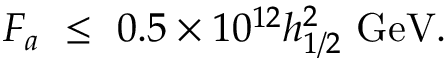
F _ { a } \ \le \ 0 . 5 \times 1 0 ^ { 1 2 } h _ { 1 / 2 } ^ { 2 } \ \mathrm { G e V . }